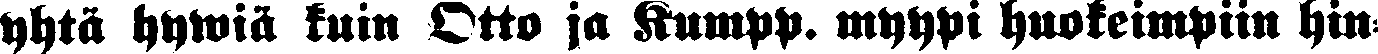
yhtä hywiä kuin Otto ja Kumpp. myypi huokeimpiin hin-